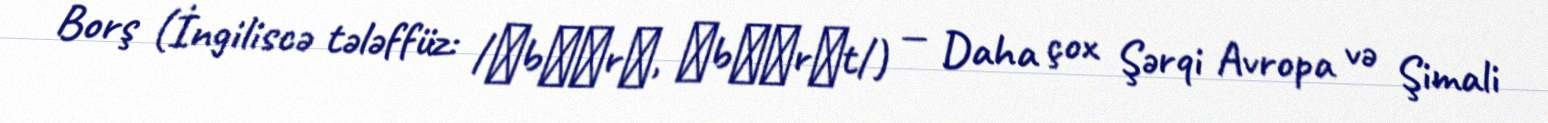
Borş (İngiliscə tələffüz: /ˈbɔːrʃ, ˈbɔːrʃt/) — Daha çox Şərqi Avropa və Şimali